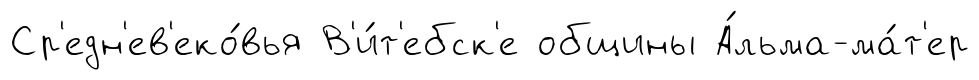
Ср'едн'ев'еко́вья В'и́т'ебск'е общины А́льма-ма́т'ер